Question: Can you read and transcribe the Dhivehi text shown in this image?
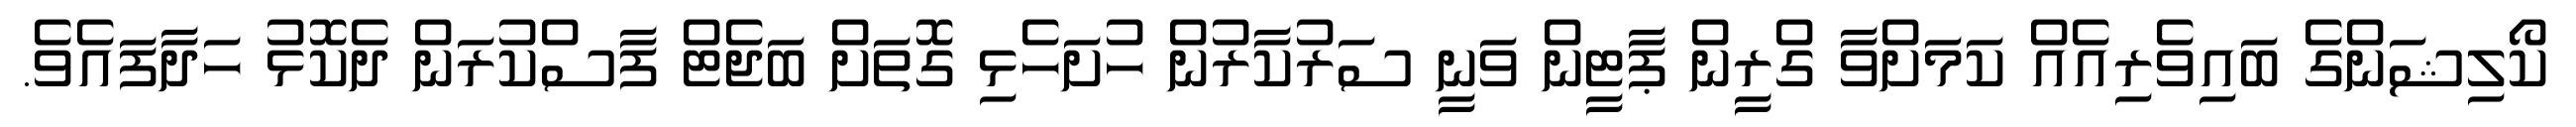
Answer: ކޯލިޝަންގެ ބައިވެރިއެއް ކަމަށްވާ ގްރީން ޕާޓީން ވަނީ ސަރުކާރުން ހުށަހެޅި ގޮތަށް ބަޖެޓް ފާސްކުރަން ދެކޮޅު ހަދާފައެވެ.